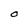
Character: O